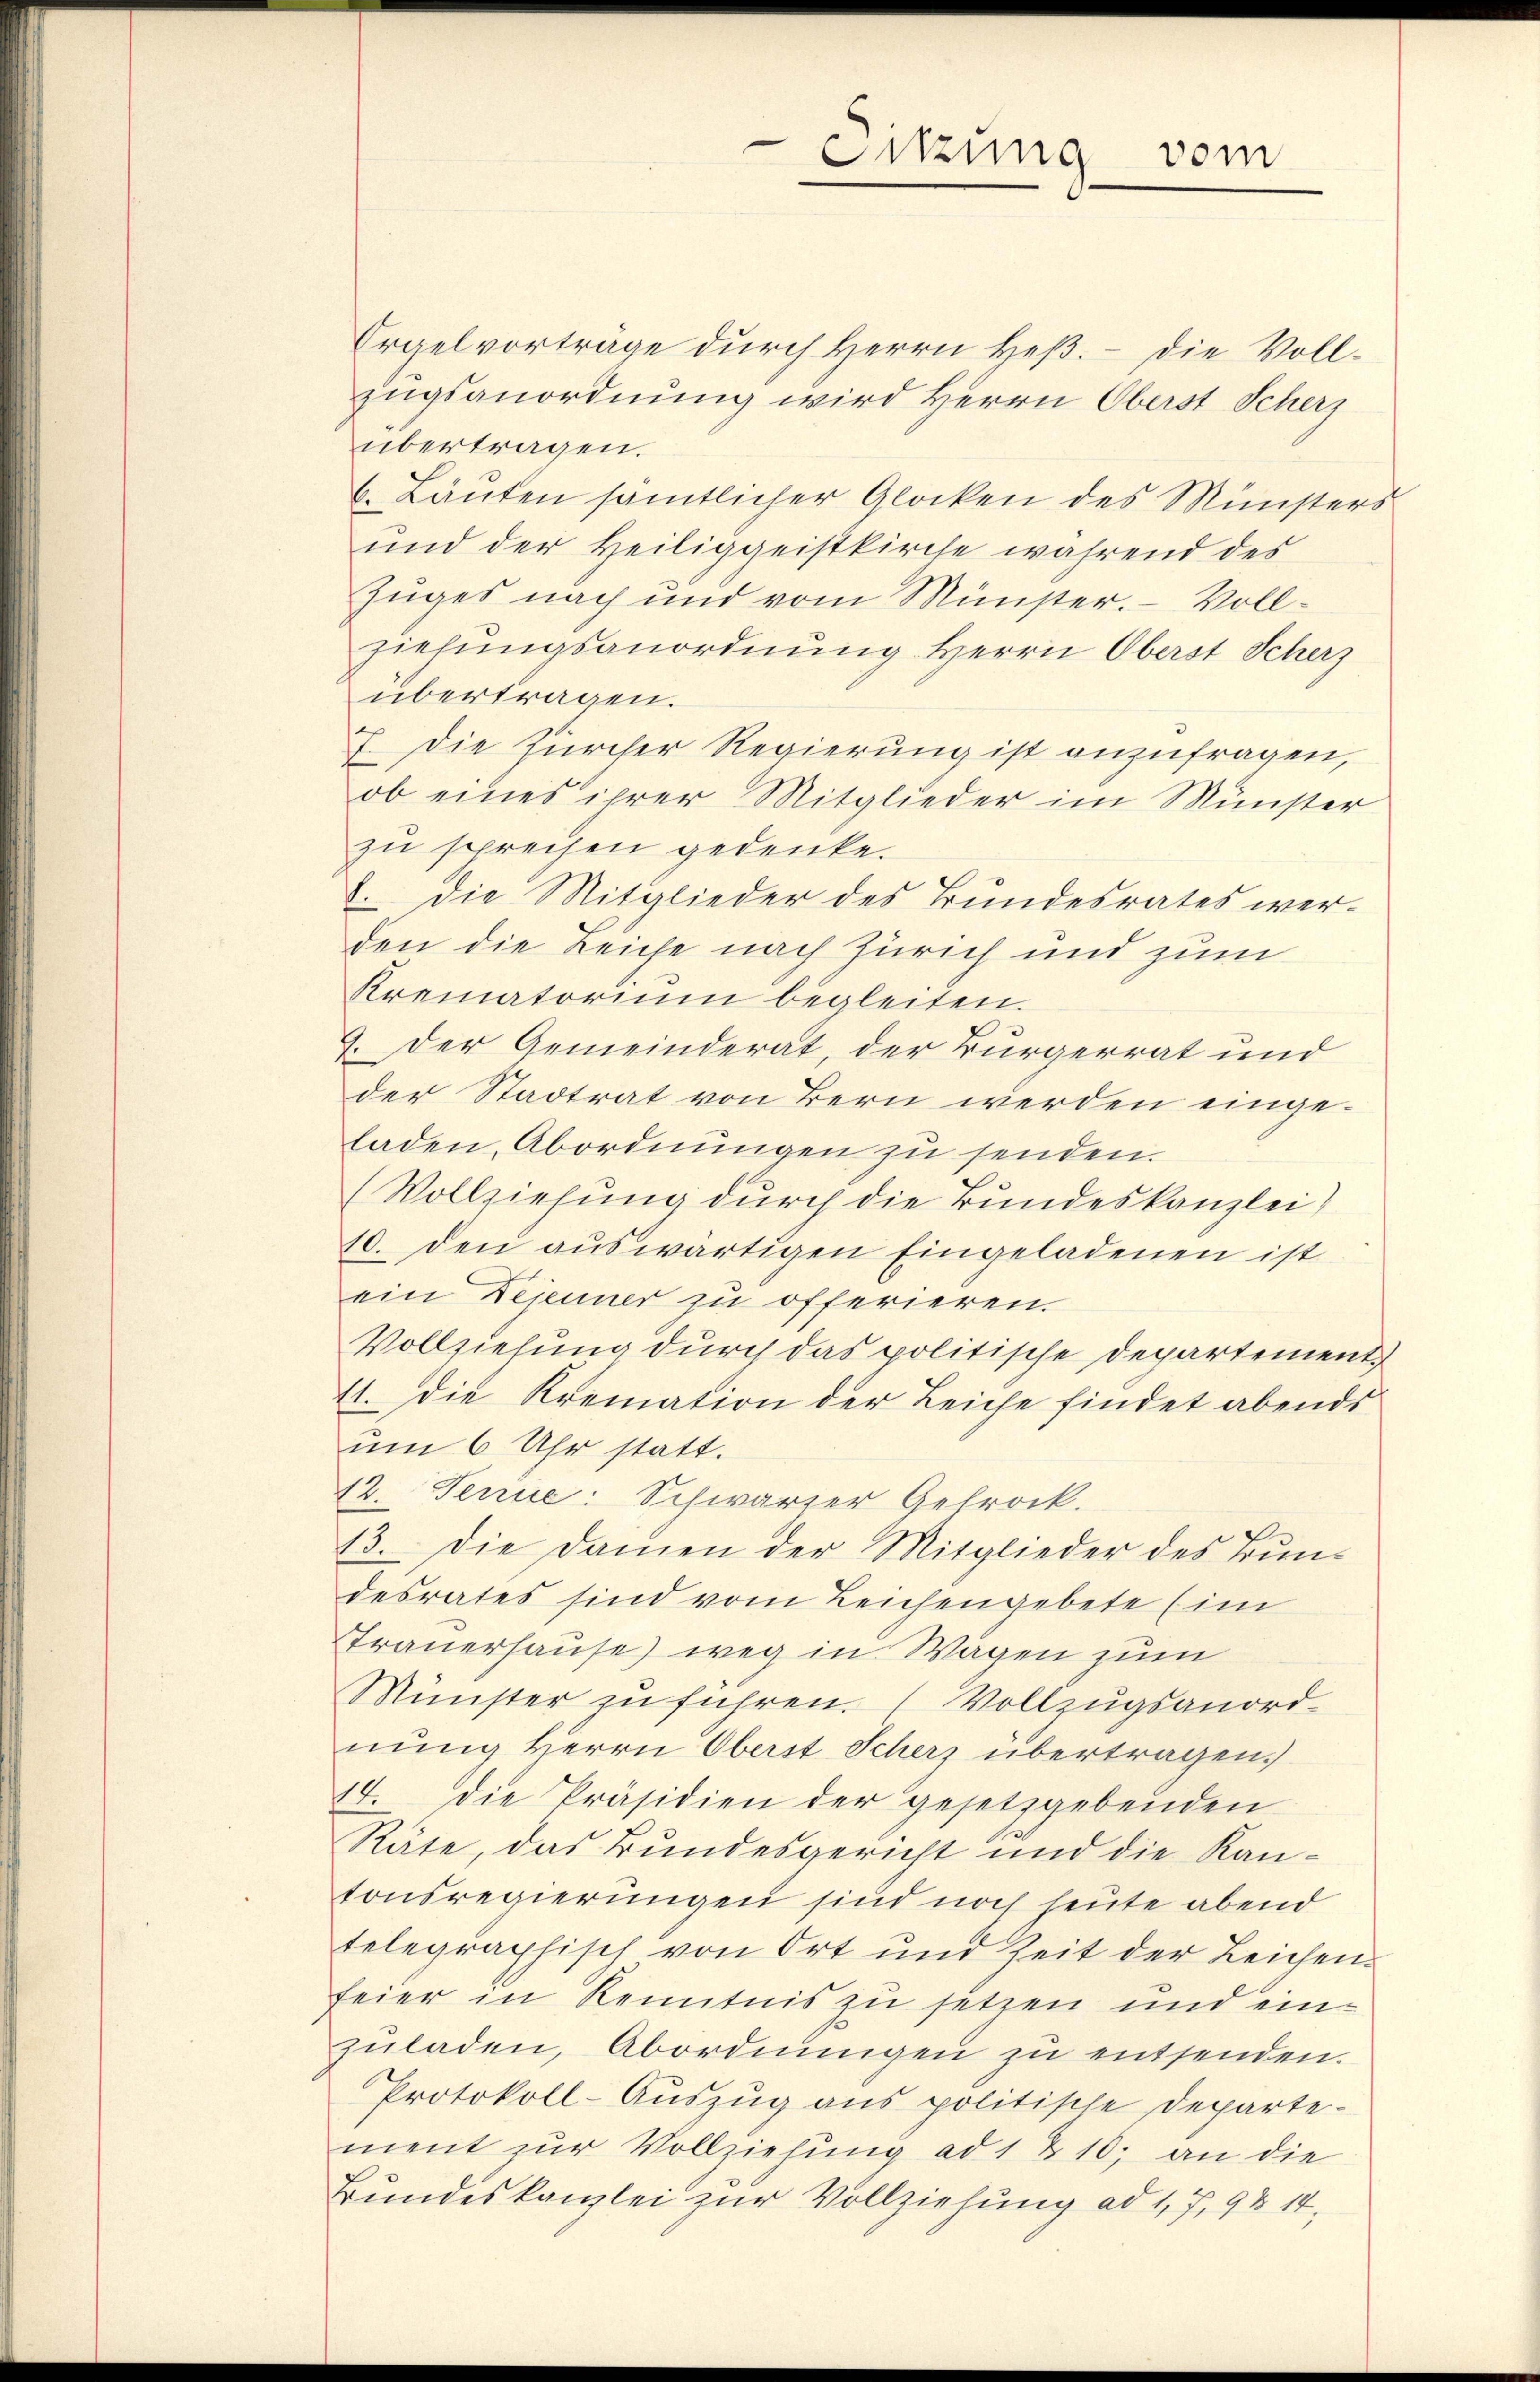
Orgelvorträge durch Herrn Heß. – Die Vollzugsanordnung wird Herrn Oberst Scherz
übertragen.
6. Laŭten sämtlicher Glocken des Münsters
und der Heiliggeistkirche während des
Zuges nach und vom Münster. - Vollziehungsanordnung Herrn Oberst Scherz
übertragen.
7. Die Zürcher Regierung ist anzufragen,
ob eines ihrer Mitglieder im Münster
zu sprechen gedenke.
. Die Mitglieder des Bundesrates werden die Leiche nach Zürich und zum
Krematorium begleiten.
9. Der Gemeinderat, der Bürgerrat und
der Stadtrat von Bern werden eingeladen, Abordnŭngen zŭ senden.
(Vollziehung durch die Bundeskanzlei)
10. den auswärtigen Eingeladenen ist
ein Dejeuner zu offerieren.
Vollziehung durch das politische Departement
11. Die Kremation der Leiche findet abends
um 6 Uhr statt.
12. Jenne: Schwarzer Getrock.
13. Die Damen der Mitglieder des Bundesrates sind vom Leichengebete (im
Strauerhause weg in Wagen zum
Münster zu führen. (Vollzugsanordnung Herrn Oberst Scherz übertragen.
14. die Präsidien der gesetzgebenden
Räte, das Bundesgericht und die Kantonsregierungen sind noch heute abend
telegraphisch von Ort und Zeit der Leichenfeier in Kenntnis zu setzen und einzŭladen, Abordnungen zu entsenden.
Protokoll-Aŭszŭg ans politische Departe-
ment zŭr Vollziehŭng ad 1 & 10; an die
Bundeskanzlei zur Vollziehung ad 1, 7, 94 14,

Sitzung vom